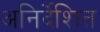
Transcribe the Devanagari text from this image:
अनिर्देशित